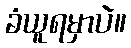
ခံယူရမှာပဲ။